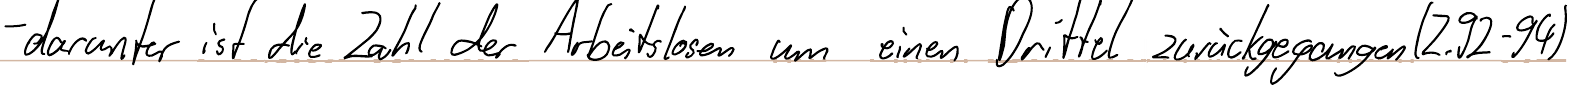
- darunter ist die Zahl der Arbeitslosen um ein Drittel zurückgegangen (Z.92-94)